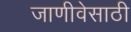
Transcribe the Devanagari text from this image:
जाणीवेसाठी